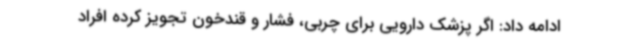
ادامه داد: اگر پزشک دارویی برای چربی، فشار و قندخون تجویز کرده افراد